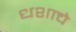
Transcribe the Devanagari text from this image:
धशाचे